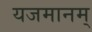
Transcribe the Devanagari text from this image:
यजमानम्‌